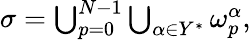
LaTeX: \begin{array}{r}{\sigma=\bigcup_{p=0}^{N-1}\bigcup_{\alpha\in Y^{*}}\omega_{p}^{\alpha},}\end{array}